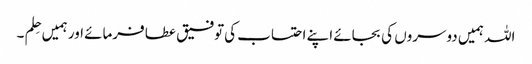
اللہ ہمیں دوسروں کی بجائے اپنے احتساب کی توفیق عطا فرمائے اور ہمیں حِلم ۔